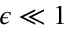
\epsilon \ll 1